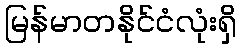
မြန်မာတနိုင်ငံလုံးရှိ